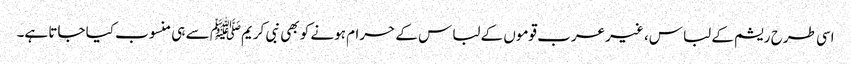
اسی طرح ریشم کے لباس، غیر عرب قوموں کے لباس کے حرام ہونے کو بھی نبی کریمﷺ سے ہی منسوب کیا جاتا ہے۔